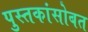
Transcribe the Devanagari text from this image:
पुस्तकांसोबत